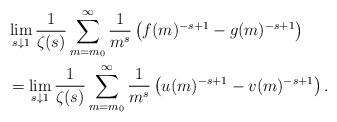
LaTeX: \begin{align*}&\lim_{s\downarrow1}\frac{1}{\zeta(s)}\sum_{m=m_0}^\infty\frac{1}{m^s}\left(f(m)^{-s+1} - g(m)^{-s+1}\right)\\&=\lim_{s\downarrow1}\frac{1}{\zeta(s)}\sum_{m=m_0}^\infty\frac{1}{m^s}\left(u(m)^{-s+1} - v(m)^{-s+1}\right).\end{align*}